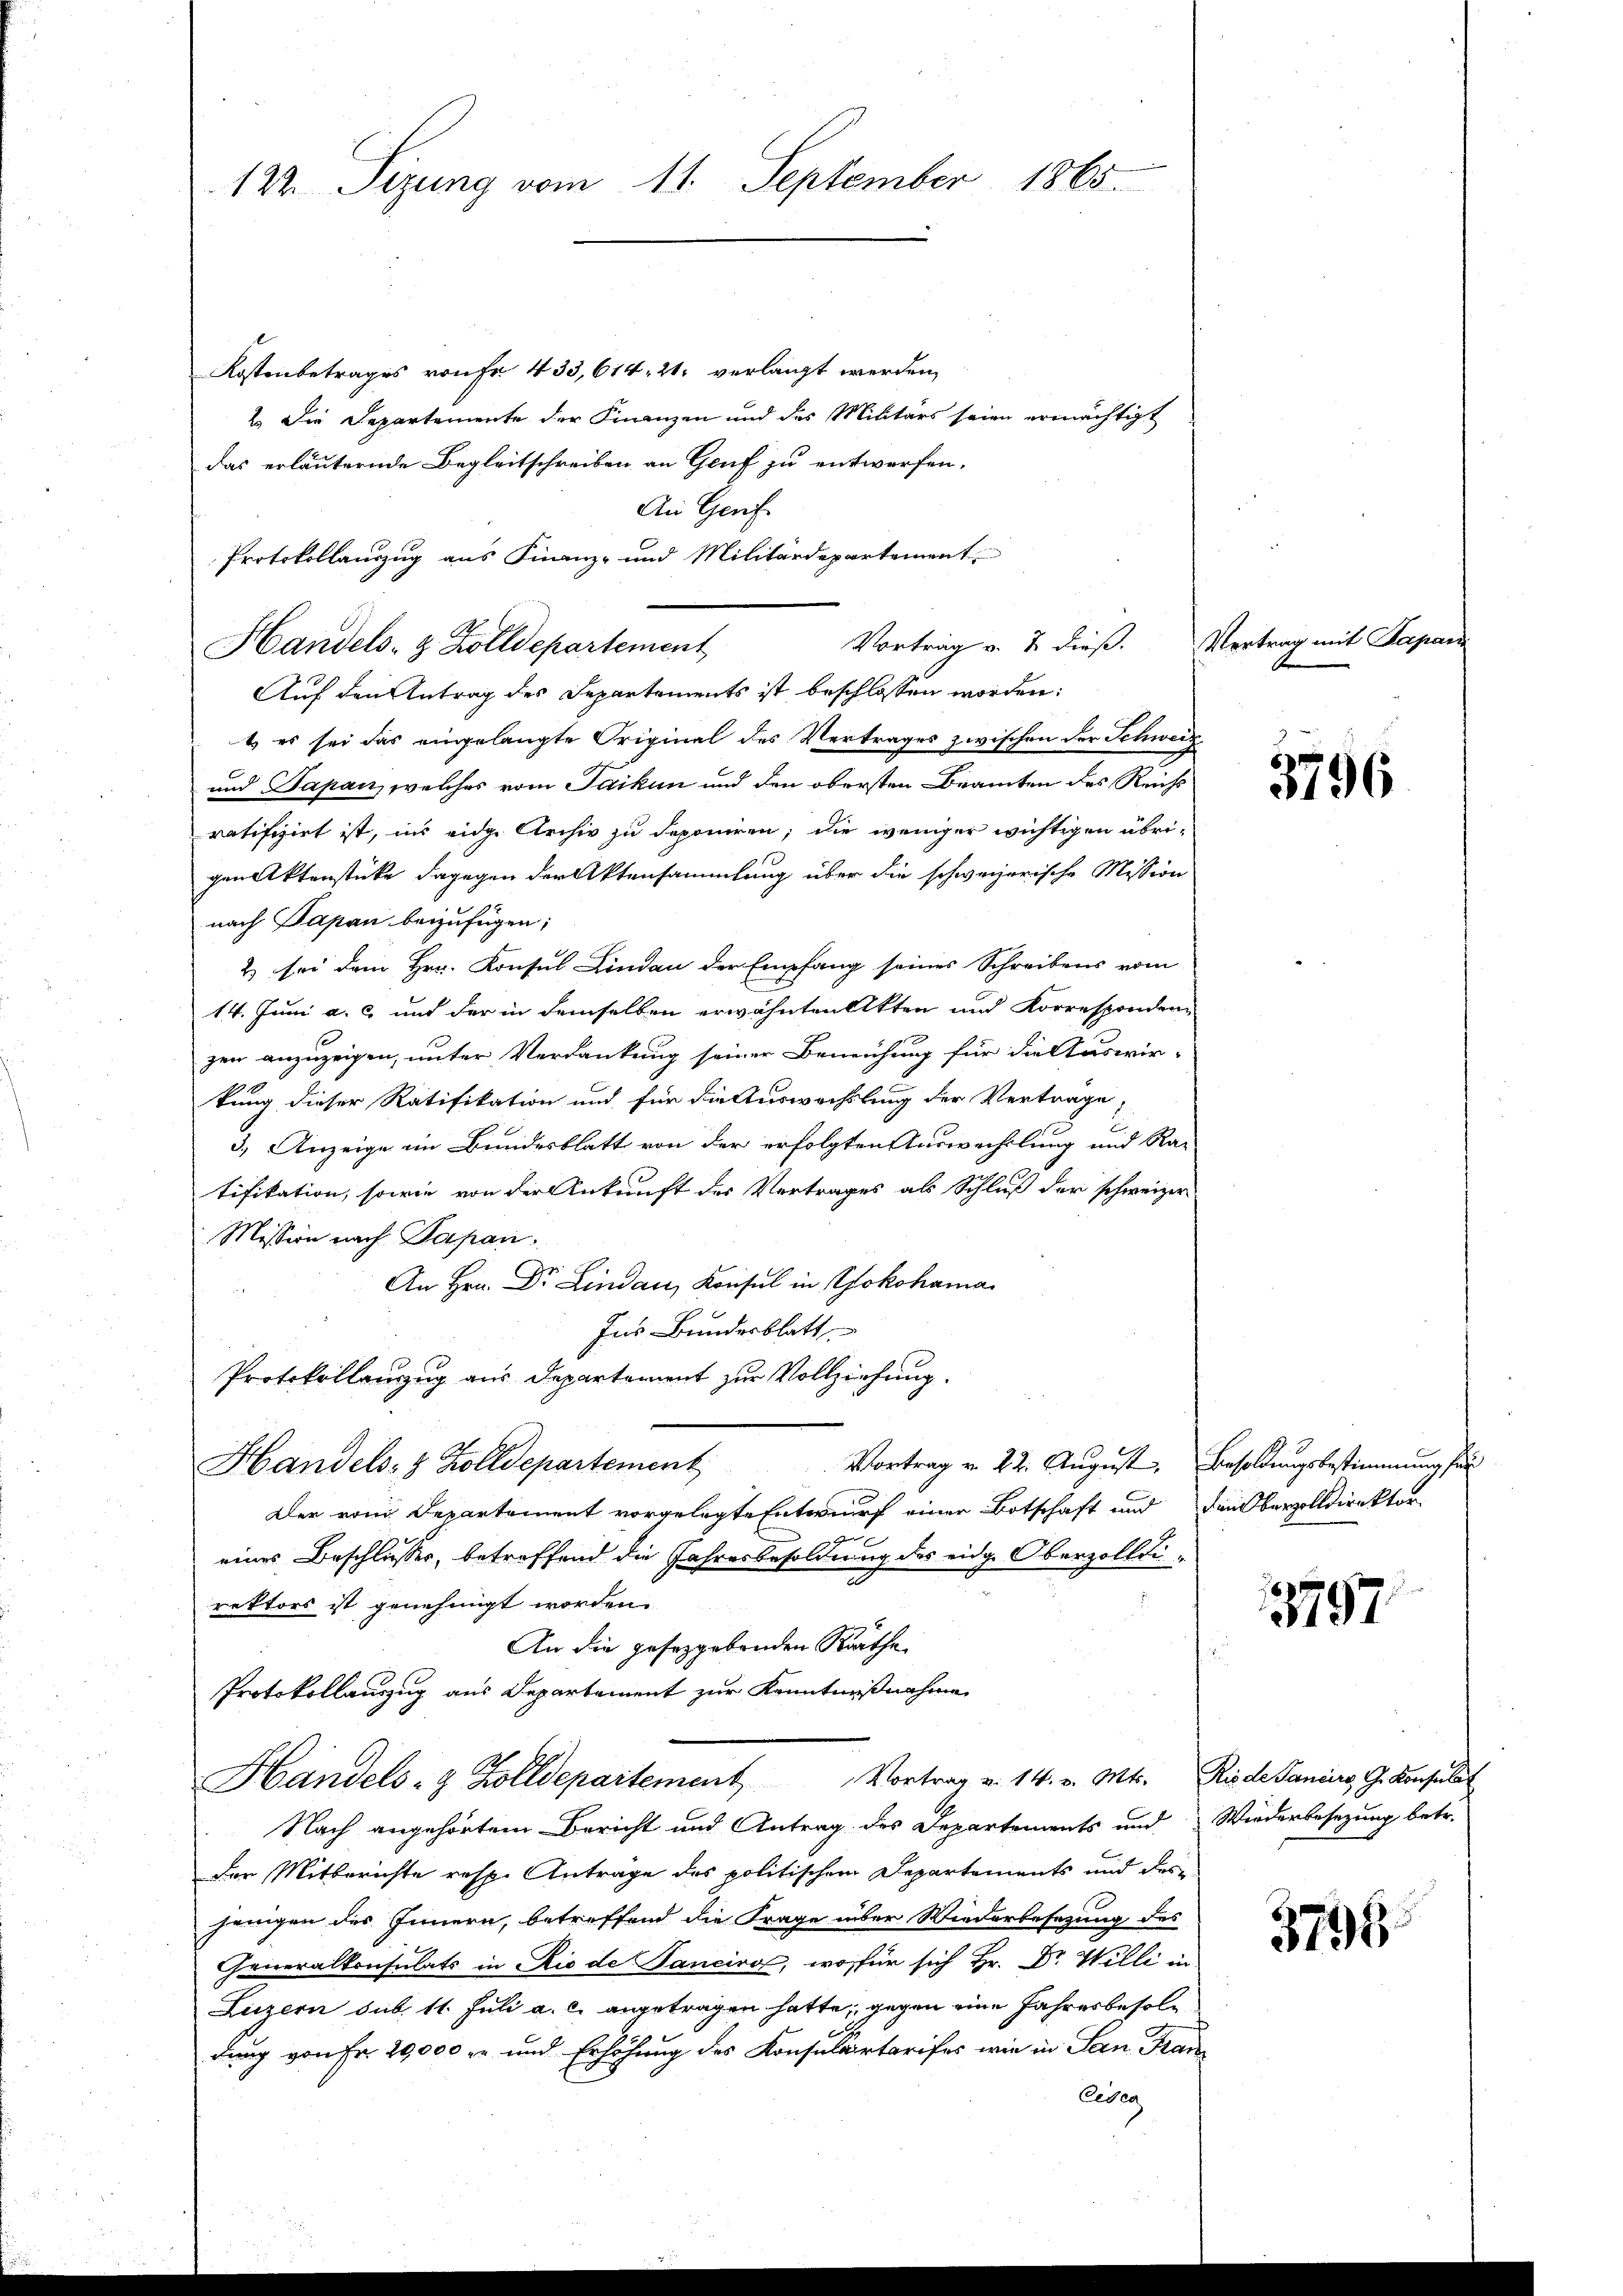
122. Sizung vom 11. September 1865.

Kostenbetrages von Fr. 433, 614. 21. verlangt werden,
2.) Die Departemente der Finanzen und des Militärs seien ermächtigt
das erläuternde Begleitschreiben an Genf zu entworfen.
An Genf
Protokollauszug aus Finanz- und Militärdepartement
Auf den Antrag des Separtements ist beschlossen worden:
t es sei das eingelangte Original des Vertrages zwischen der Schweiz
und Papan, welches vom Jaikun und den obersten Beamten des Reichs
ratifizirt ist, in eidge Archiv zu deponiren, die weniger wichtigen übrigen Aktenstücke dagegen der Aktensammlung über die schweizerische Mission
nach Papan beizufügen;
2 sei dem Hrn. Konsul Lindau der Empfang seines Schreibens vom
14. Juni a. c. und der in demselben erwähnten Akten und Korresponder-
zen anzuzeigen, unter Verdankung seiner Bemühung für die Auswir-
kung dieser Ratifikation und für die Auswechslung der Vertrage,
3.) Anzeige im Bundesblatt von der erfolgten Auswechslung und Ra-
tifikation, sowie von der Ankunft der Vertrages als Schluß der schweizer
Mission nach Papan
An Hrn. Dr. Lindau, Konsul in Yokohama
Ins Bundesblatt
Protokollenzug aus Departement zur Vollziehung.
Vortrag v. 22. August. Besoldungsbestimmung für
Handels- & Zolldepartement
Der vom Departement vorgelegte Entwurf einer Botschaft und den Oberzolldirektor
eines Beschlusses, betreffend die Jahresbesoldung des eidg. Oberzolldirektors ist genehmigt worden.
An die gesetzgebenden Räthe
Protokollauszug aus Departement zur Kenntnißnahme
Handels- & Zolldepartement Vortrag v. 14. v. Mts. Riede Paniers, G. Konsulat
Nach angehörtem Bericht und Antrag des Departements und Wiederbesetzung betr.
der Mitberichte resp. Anträge des politischem Departements und des
jenigen des Innern, betreffend die Frage über Wiederbesezung des
Generalkonsulats in Rio de Tanciro, wofür sich Hr. Dr Willi in
Luzern sub. 11. Juli a. c. angetragen hatte, gegen eine Jahresbesoldung von Fr. 29,000 r und Erhöhung des Konsulartarises wie in San Fran¬
Eigen

Handels- & Zolldepartement

Vortrag v. 2. dieß. Vertrag mit Papan

3796

3797.

3798